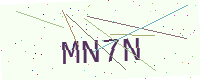
Text: MN7N